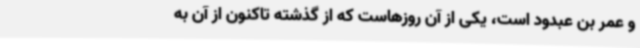
و عمر بن عبدود است، یکی‌ از آن روزهاست که از گذشته تاکنون از آن به